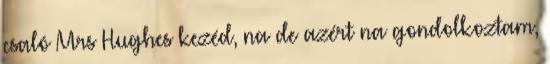
csaló Mrs Hughes kezéd, na de azért na gondolkoztam,